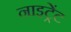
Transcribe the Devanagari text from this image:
नाइट्रेंट